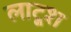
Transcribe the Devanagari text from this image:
लाटूश